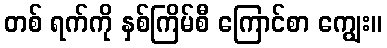
တစ် ရက်ကို နှစ်ကြိမ်စီ ကြောင်စာ ကျွေး။